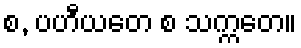
စ, ပဟီယတေ စ သက္ကတေ။